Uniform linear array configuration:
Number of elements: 24
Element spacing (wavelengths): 0.5
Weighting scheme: hann
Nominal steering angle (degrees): -30
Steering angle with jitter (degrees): -29.409
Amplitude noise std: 0.05
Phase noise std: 0.05

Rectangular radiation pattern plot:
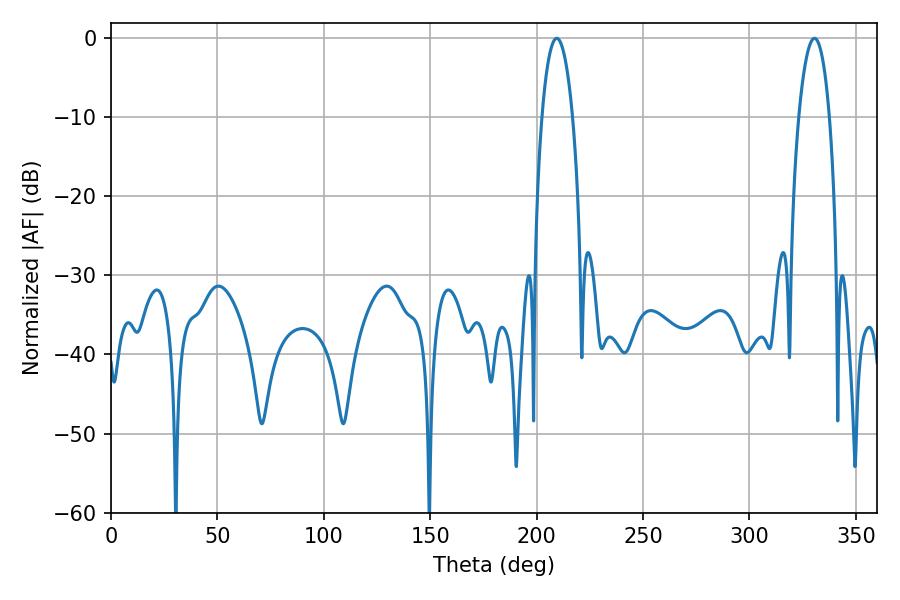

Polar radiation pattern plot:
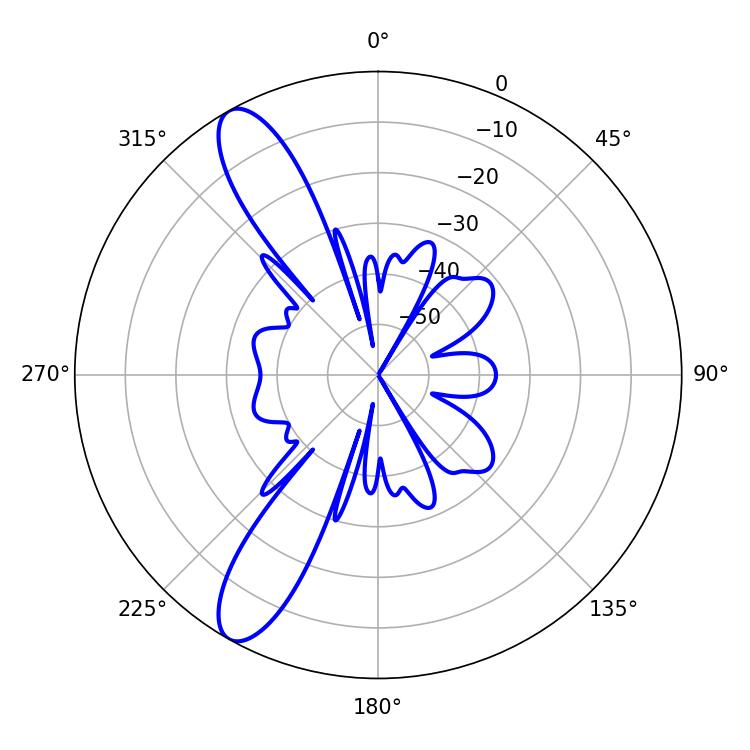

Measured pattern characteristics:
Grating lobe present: FALSE
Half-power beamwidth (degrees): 7.92
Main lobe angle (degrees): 330.48